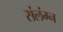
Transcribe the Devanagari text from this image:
संलंग्न